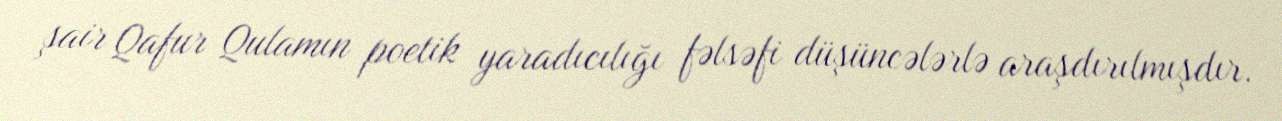
şair Qafur Qulamın poetik yaradıcılığı fəlsəfi düşüncələrlə araşdırılmışdır.